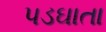
પડઘાતા